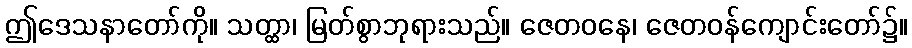
ဤဒေသနာတော်ကို။ သတ္ထာ၊ မြတ်စွာဘုရားသည်။ ဇေတဝနေ၊ ဇေတဝန်ကျောင်းတော်၌။